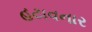
હટાવનાર